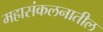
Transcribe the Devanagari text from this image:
महासंकलनातील